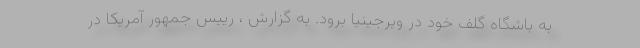
به باشگاه گلف خود در ویرجینیا برود. به گزارش ، رییس جمهور آمریکا در